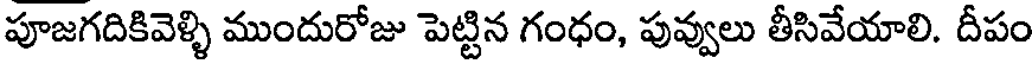
పూజగదికివెళ్ళి ముందురోజు పెట్టిన గంధం, పువ్వులు తీసివేయాలి. దీపం